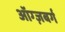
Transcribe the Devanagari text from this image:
ऑग्ज़बर्ग